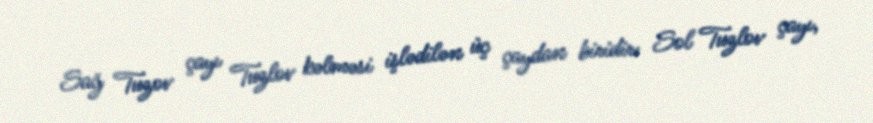
Sağ Tuzov çayı Tuzlov kəlməsi işlədilən üç çaydan biridir: Sol Tuzlov çayı,